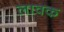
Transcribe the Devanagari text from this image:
लावक